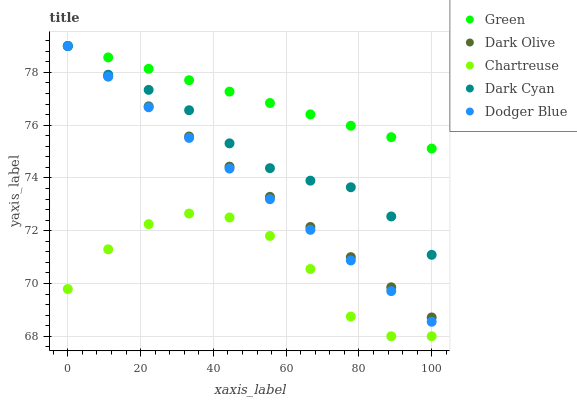
| xaxis_label | Green | Dark Olive | Chartreuse | Dark Cyan | Dodger Blue |
 | --- | --- | --- | --- | --- | --- |
 | 0 | 79 | 79 | 69.8 | 79 | 79 |
 | 11.1 | 78.6 | 77.9 | 71.3 | 77.9 | 77.8 |
 | 22.2 | 78.1 | 76.7 | 72.2 | 77.3 | 76.7 |
 | 33.3 | 77.7 | 75.6 | 72.7 | 76.6 | 75.5 |
 | 44.4 | 77.3 | 74.4 | 72.5 | 75.3 | 74.4 |
 | 55.6 | 76.8 | 73.3 | 71.8 | 74.4 | 73.2 |
 | 66.7 | 76.4 | 72.1 | 70.5 | 73.9 | 72 |
 | 77.8 | 76 | 71 | 68.7 | 73.6 | 70.9 |
 | 88.9 | 75.5 | 69.9 | 68 | 72.5 | 69.7 |
 | 100 | 75.1 | 68.7 | 68 | 71.1 | 68.5 |